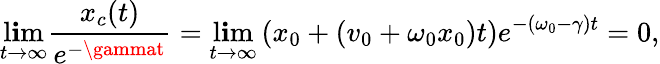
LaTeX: \operatorname*{l\mathbf{i}m}_{t\to\infty}\frac{{x_{c}(t)}}{{e^{-\gammat}}}=\operatorname*{l\mathbf{i}m}_{t\to\infty}\left(x_{0}+\left(v_{0}+\omega_{0}x_{0}\right)t\right)e^{-(\omega_{0}-\gamma)t}=0,